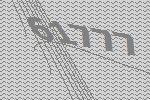
61777